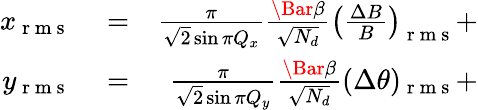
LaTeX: \begin{array}{rlr}{x_{\mathrm{~r~m~s~}}}&{{}=}&{\frac{\pi}{\sqrt{2}\sin{\pi Q_{x}}}\frac{\Bar{\beta}}{\sqrt{N_{d}}}\left(\frac{\Delta B}{B}\right)_{\mathrm{~r~m~s~}}+}\\ {y_{\mathrm{~r~m~s~}}}&{{}=}&{\frac{\pi}{\sqrt{2}\sin{\pi Q_{y}}}\frac{\Bar{\beta}}{\sqrt{N_{d}}}(\Delta\theta)_{\mathrm{~r~m~s~}}+}\end{array}